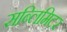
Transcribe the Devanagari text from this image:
सब्लिमिटर